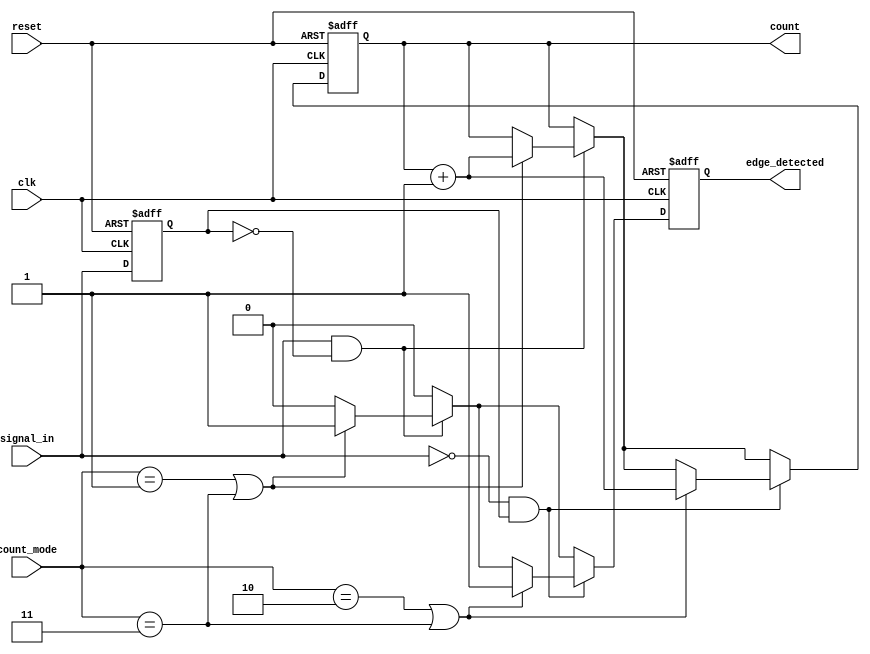
module edge_counter (
    input wire clk,                // Clock signal
    input wire reset,              // Asynchronous reset signal
    input wire signal_in,          // Input signal to monitor
    input wire [1:0] count_mode,   // Control signal for counting mode
    output reg [15:0] count,       // Count output
    output reg edge_detected       // Edge detected signal (optional)
);

    // State register to hold the previous state of signal_in
    reg signal_in_prev;

    // Edge detection and counting logic
    always @(posedge clk or posedge reset) begin
        if (reset) begin
            count <= 16'b0;          // Reset count to zero
            edge_detected <= 1'b0;   // Reset edge detected signal
            signal_in_prev <= 1'b0;  // Initialize previous state
        end else begin
            edge_detected <= 1'b0;    // Clear edge detected signal
            
            // Rising edge detection
            if (signal_in == 1'b1 && signal_in_prev == 1'b0) begin
                if (count_mode == 2'b01 || count_mode == 2'b11) begin
                    count <= count + 1;  // Increment count for rising edge
                    edge_detected <= 1'b1; // Set edge detected signal
                end
            end
            
            // Falling edge detection
            if (signal_in == 1'b0 && signal_in_prev == 1'b1) begin
                if (count_mode == 2'b10 || count_mode == 2'b11) begin
                    count <= count + 1;  // Increment count for falling edge
                    edge_detected <= 1'b1; // Set edge detected signal
                end
            end
            
            // Update previous state
            signal_in_prev <= signal_in;
        end
    end

endmodule